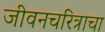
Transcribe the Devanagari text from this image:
जीवनचरित्राचा